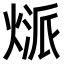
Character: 𤋻